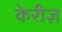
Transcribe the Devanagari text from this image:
केरीज़